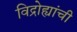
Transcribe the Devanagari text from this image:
विद्रोह्यांची